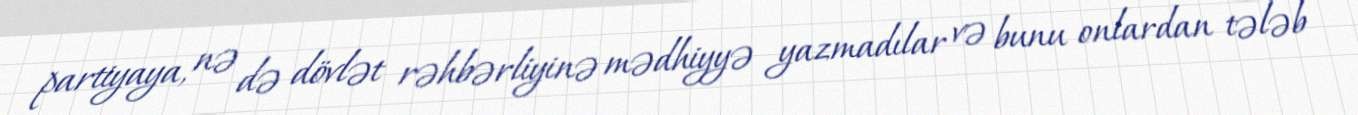
partiyaya, nə də dövlət rəhbərliyinə mədhiyyə yazmadılar və bunu onlardan tələb